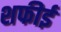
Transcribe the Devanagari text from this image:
शफीई